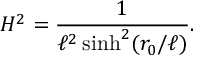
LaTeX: H ^ { 2 } = { \frac { 1 } { \ell ^ { 2 } \sinh ^ { 2 } ( r _ { 0 } / \ell ) } } .